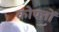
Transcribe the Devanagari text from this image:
कोफ्तों